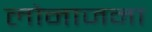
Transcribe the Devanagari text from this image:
लोनाजना